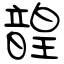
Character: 韹